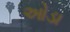
ઓડા